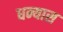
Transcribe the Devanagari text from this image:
धन्यास